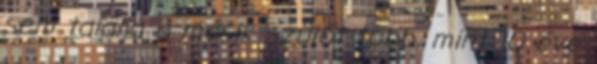
sem találja a másik szülőt több, mint 10 éve